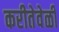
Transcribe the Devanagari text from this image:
करीतेवेळी